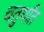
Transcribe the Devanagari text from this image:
चतुर्थांत